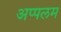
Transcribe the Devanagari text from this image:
अप्पलम